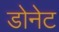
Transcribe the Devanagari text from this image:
डोनेट